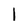
Character: 1